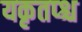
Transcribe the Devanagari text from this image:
यकृतप्श्च